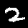
Label: 2